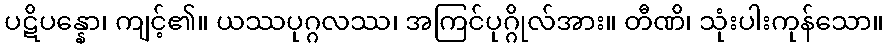
ပဋိပန္နော၊ ကျင့်၏။ ယဿပုဂ္ဂလဿ၊ အကြင်ပုဂ္ဂိုလ်အား။ တီဏိ၊ သုံးပါးကုန်သော။